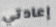
إعادتي